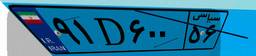
۴۲D۶۰۰۷۶